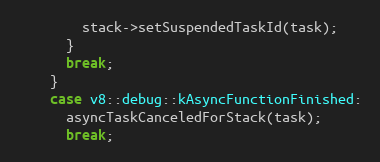
Language: C++
        stack->setSuspendedTaskId(task);
      }
      break;
    }
    case v8::debug::kAsyncFunctionFinished:
      asyncTaskCanceledForStack(task);
      break;